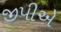
જીપીએ